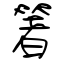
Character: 箸